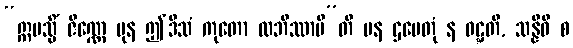
“ဣမသ္မိံ ဇိဏ္ဏေ ပုန ဤဒိသံ ကုတော လဘိဿာမီ”တိ ပန ဌပေတုံ န ဝဋ္ဋတိ, သန္နိဓိ စ